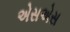
એસએસ